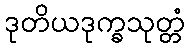
ဒုတိယဒုက္ခသုတ္တံ